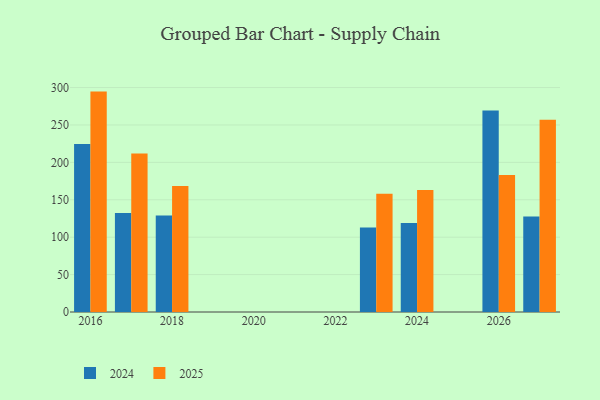
{"axis": {"x": "Year", "y": "Customer Acquisition Cost (USD)"}, "legend": ["2024", "2025"], "data": [{"x": "2024", "y": 163.2, "type": "2025"}, {"x": "2024", "y": 119.0, "type": "2024"}, {"x": "2023", "y": 158.2, "type": "2025"}, {"x": "2023", "y": 112.8, "type": "2024"}, {"x": "2026", "y": 183.0, "type": "2025"}, {"x": "2026", "y": 269.5, "type": "2024"}, {"x": "2027", "y": 256.9, "type": "2025"}, {"x": "2027", "y": 127.7, "type": "2024"}, {"x": "2017", "y": 211.7, "type": "2025"}, {"x": "2017", "y": 132.4, "type": "2024"}, {"x": "2018", "y": 168.5, "type": "2025"}, {"x": "2018", "y": 128.9, "type": "2024"}, {"x": "2016", "y": 294.6, "type": "2025"}, {"x": "2016", "y": 224.7, "type": "2024"}]}